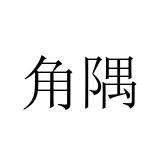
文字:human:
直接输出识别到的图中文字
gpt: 角隅